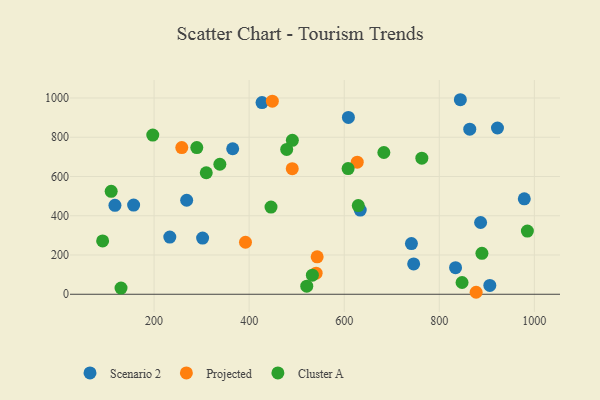
{"axis": {"x": "Ad Spend", "y": "Sales"}, "legend": ["Cluster A", "Projected", "Scenario 2"], "data": [{"x": "233.1", "y": 291.3, "type": "Scenario 2"}, {"x": "844.3", "y": 991.2, "type": "Scenario 2"}, {"x": "157.0", "y": 454.5, "type": "Scenario 2"}, {"x": "117.7", "y": 453.3, "type": "Scenario 2"}, {"x": "864.1", "y": 841.2, "type": "Scenario 2"}, {"x": "302.1", "y": 286.4, "type": "Scenario 2"}, {"x": "608.8", "y": 900.8, "type": "Scenario 2"}, {"x": "906.3", "y": 44.9, "type": "Scenario 2"}, {"x": "922.4", "y": 847.1, "type": "Scenario 2"}, {"x": "268.6", "y": 478.9, "type": "Scenario 2"}, {"x": "978.8", "y": 486.4, "type": "Scenario 2"}, {"x": "886.9", "y": 365.7, "type": "Scenario 2"}, {"x": "365.4", "y": 741.5, "type": "Scenario 2"}, {"x": "633.7", "y": 429.1, "type": "Scenario 2"}, {"x": "834.2", "y": 135.6, "type": "Scenario 2"}, {"x": "741.4", "y": 258.4, "type": "Scenario 2"}, {"x": "427.1", "y": 976.5, "type": "Scenario 2"}, {"x": "746.1", "y": 154.4, "type": "Scenario 2"}, {"x": "490.7", "y": 640.0, "type": "Projected"}, {"x": "540.9", "y": 107.5, "type": "Projected"}, {"x": "877.5", "y": 10.1, "type": "Projected"}, {"x": "258.3", "y": 747.4, "type": "Projected"}, {"x": "392.3", "y": 265.0, "type": "Projected"}, {"x": "543.1", "y": 190.6, "type": "Projected"}, {"x": "627.4", "y": 673.0, "type": "Projected"}, {"x": "448.8", "y": 984.0, "type": "Projected"}, {"x": "985.3", "y": 322.1, "type": "Cluster A"}, {"x": "521.2", "y": 41.4, "type": "Cluster A"}, {"x": "533.0", "y": 97.2, "type": "Cluster A"}, {"x": "338.4", "y": 662.3, "type": "Cluster A"}, {"x": "629.6", "y": 452.1, "type": "Cluster A"}, {"x": "109.8", "y": 524.7, "type": "Cluster A"}, {"x": "130.5", "y": 31.5, "type": "Cluster A"}, {"x": "479.0", "y": 737.8, "type": "Cluster A"}, {"x": "197.3", "y": 811.2, "type": "Cluster A"}, {"x": "289.9", "y": 747.6, "type": "Cluster A"}, {"x": "608.2", "y": 640.2, "type": "Cluster A"}, {"x": "763.3", "y": 693.6, "type": "Cluster A"}, {"x": "91.8", "y": 271.8, "type": "Cluster A"}, {"x": "490.9", "y": 784.1, "type": "Cluster A"}, {"x": "309.8", "y": 619.2, "type": "Cluster A"}, {"x": "446.0", "y": 444.2, "type": "Cluster A"}, {"x": "683.4", "y": 722.2, "type": "Cluster A"}, {"x": "847.9", "y": 59.8, "type": "Cluster A"}, {"x": "889.7", "y": 208.8, "type": "Cluster A"}]}